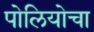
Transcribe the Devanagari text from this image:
पोलियोचा